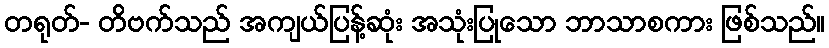
တရုတ်- တိဗက်သည် အကျယ်ပြန့်ဆုံး အသုံးပြုသော ဘာသာစကား ဖြစ်သည်။